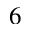
6